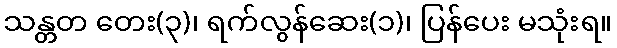
သန္တတ တေး(၃)၊ ရက်လွန်ဆေး(၁)၊ ပြန်ပေး မသုံးရ။